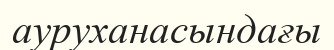
ауруханасындағы